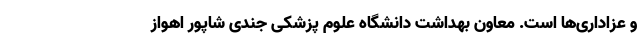
و عزاداری‌ها است. معاون بهداشت دانشگاه علوم پزشکی جندی شاپور اهواز